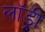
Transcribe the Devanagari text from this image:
लाॅड्री